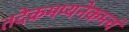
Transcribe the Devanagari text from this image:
तदेकमप्यनेकम्त्वं